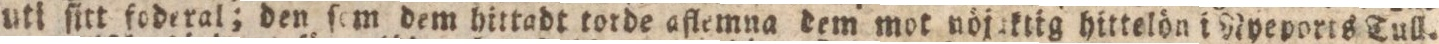
uti ſitt foderal; den ſem dem hittadt torde aflemna dem mot nöjuktig hittelön i Nyeports Tull.